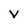
Character: V